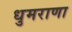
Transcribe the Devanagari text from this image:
धुमराणा